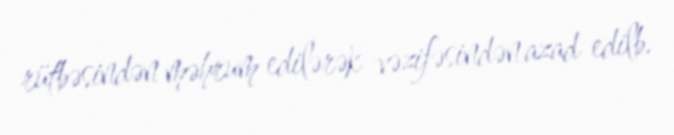
rütbəsindən məhrum edilərək vəzifəsindən azad edilb.